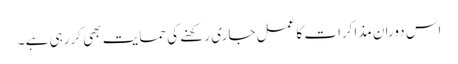
اس دوران مذاکرات کا عمل جاری رکھنے کی حمایت بھی کررہی ہے ۔